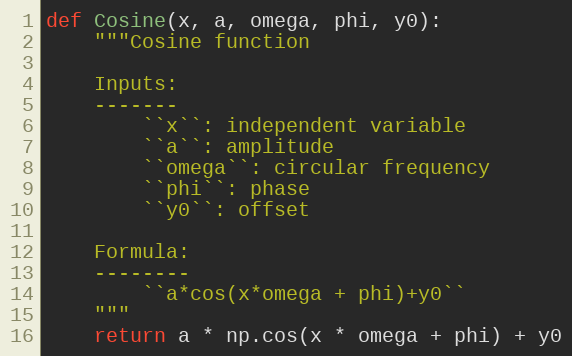
Language: Python
def Cosine(x, a, omega, phi, y0):
    """Cosine function

    Inputs:
    -------
        ``x``: independent variable
        ``a``: amplitude
        ``omega``: circular frequency
        ``phi``: phase
        ``y0``: offset

    Formula:
    --------
        ``a*cos(x*omega + phi)+y0``
    """
    return a * np.cos(x * omega + phi) + y0